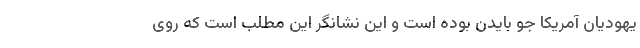
یهودیان آمریکا جو بایدن بوده است و این نشانگر این مطلب است که روی